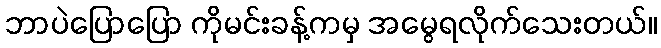
ဘာပဲပြောပြော ကိုမင်းခန့်ကမှ အမွေရလိုက်သေးတယ်။